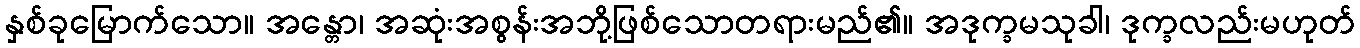
နှစ်ခုမြောက်သော။ အန္တော၊ အဆုံးအစွန်းအဘို့ဖြစ်သောတရားမည်၏။ အဒုက္ခမသုခါ၊ ဒုက္ခလည်းမဟုတ်